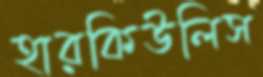
হারকিউলিস